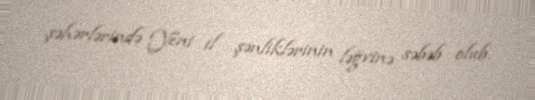
şəhərlərində Yeni il şənliklərinin ləğvinə səbəb olub.